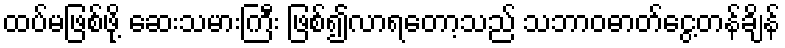
ထပ်မဖြစ်ဖို့ ဆေးသမားကြီး ဖြစ်၍လာရတော့သည် သဘာဝဓာတ်ငွေ့တန်ချိန်